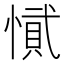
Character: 𭞎